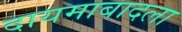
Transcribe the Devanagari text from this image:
दायमाबादला